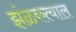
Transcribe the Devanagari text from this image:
झंळकत्याल